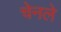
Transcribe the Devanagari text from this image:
चेनले